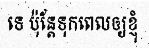
ទេ ប៉ុន្តែទុកពេលឲ្យខ្ញុំ